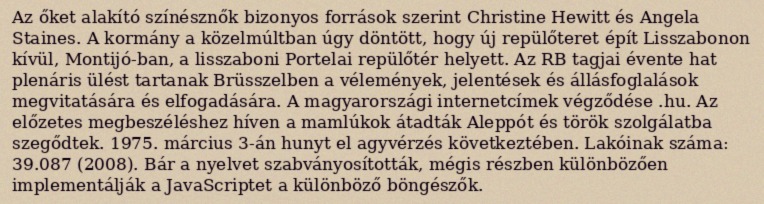
Az őket alakító színésznők bizonyos források szerint Christine Hewitt és Angela Staines. A kormány a közelmúltban úgy döntött, hogy új repülőteret épít Lisszabonon kívül, Montijó-ban, a lisszaboni Portelai repülőtér helyett. Az RB tagjai évente hat plenáris ülést tartanak Brüsszelben a vélemények, jelentések és állásfoglalások megvitatására és elfogadására. A magyarországi internetcímek végződése .hu. Az előzetes megbeszéléshez híven a mamlúkok átadták Aleppót és török szolgálatba szegődtek. 1975. március 3-án hunyt el agyvérzés következtében. Lakóinak száma: 39.087 (2008). Bár a nyelvet szabványosították, mégis részben különbözően implementálják a JavaScriptet a különböző böngészők.